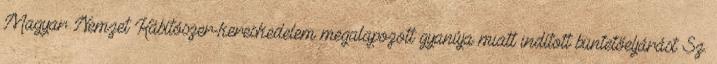
Magyar Nemzet Kábítószer-kereskedelem megalapozott gyanúja miatt indított büntetőeljárást Sz.